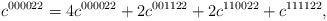
LaTeX: \begin{align*}c^{000022}=4c^{000022}+2c^{001122}+2c^{110022}+c^{111122},\end{align*}